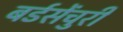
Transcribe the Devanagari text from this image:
बर्डसेंचुरी